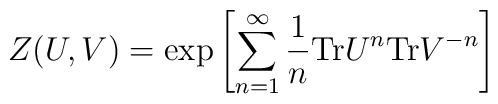
Z(U,V)={\mbox{exp}}\left[\sum_{n=1}^{\infty}\frac{1}{n}{\mbox{Tr}}U^n{\mbox{Tr}}V^{-n}\right]